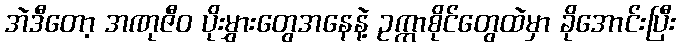
အဲဒီတော့ အဏုဇီဝ ပိုးမွှားတွေအနေနဲ့ ဥက္ကာစိုင်တွေထဲမှာ ခိုအောင်းပြီး